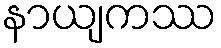
နာယျကဿ